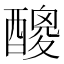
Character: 𨢼